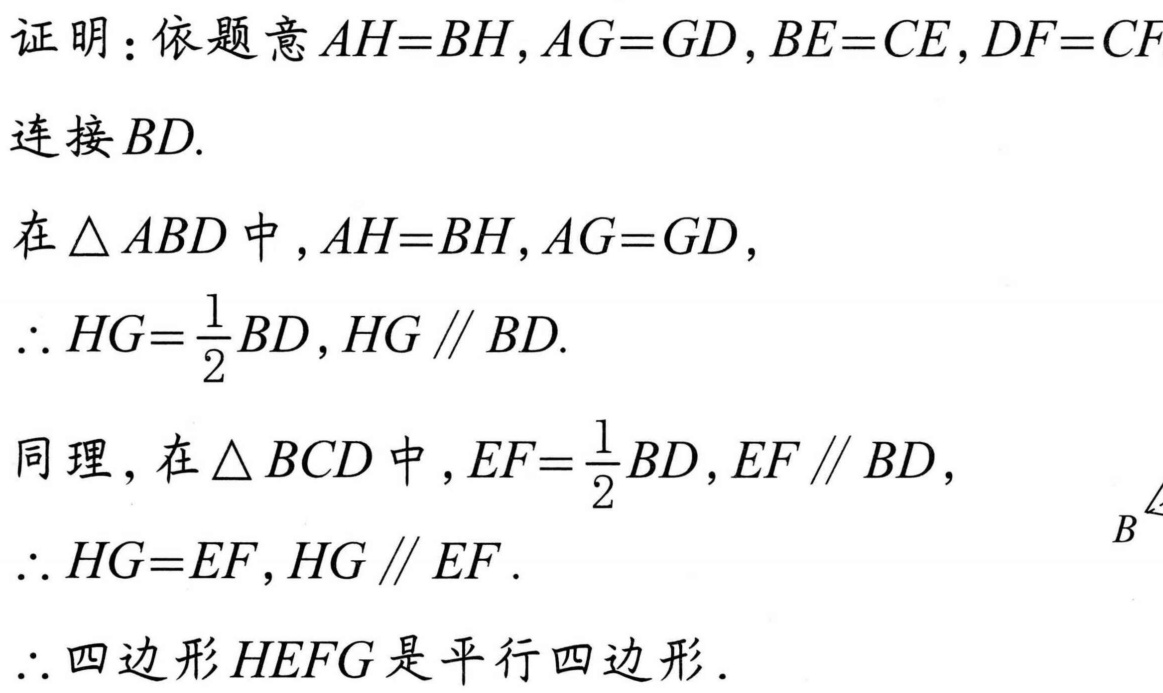
证明：依题意\(AH = BH,AG = GD,BE = CE,DF = CF\)
连接\(BD\).
在\(\triangle ABD\)中，\(AH = BH,AG = GD\)，
\(\therefore HG=\frac{1}{2}BD,HG\parallel BD\).
同理，在\(\triangle BCD\)中，\(EF=\frac{1}{2}BD,EF\parallel BD\)，
\(\therefore HG = EF,HG\parallel EF\).
\(\therefore\)四边形\(HEFG\)是平行四边形.